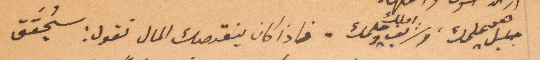
جليل هو علمك املك وشريف املك وحلمك. فإذا كان ينقصك المال تقول: سيحقق